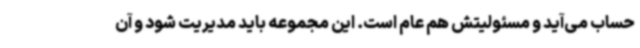
حساب می‌آید و مسئولیتش هم عام است. این مجموعه باید مدیریت شود و آن